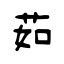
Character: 茹